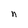
Character: n